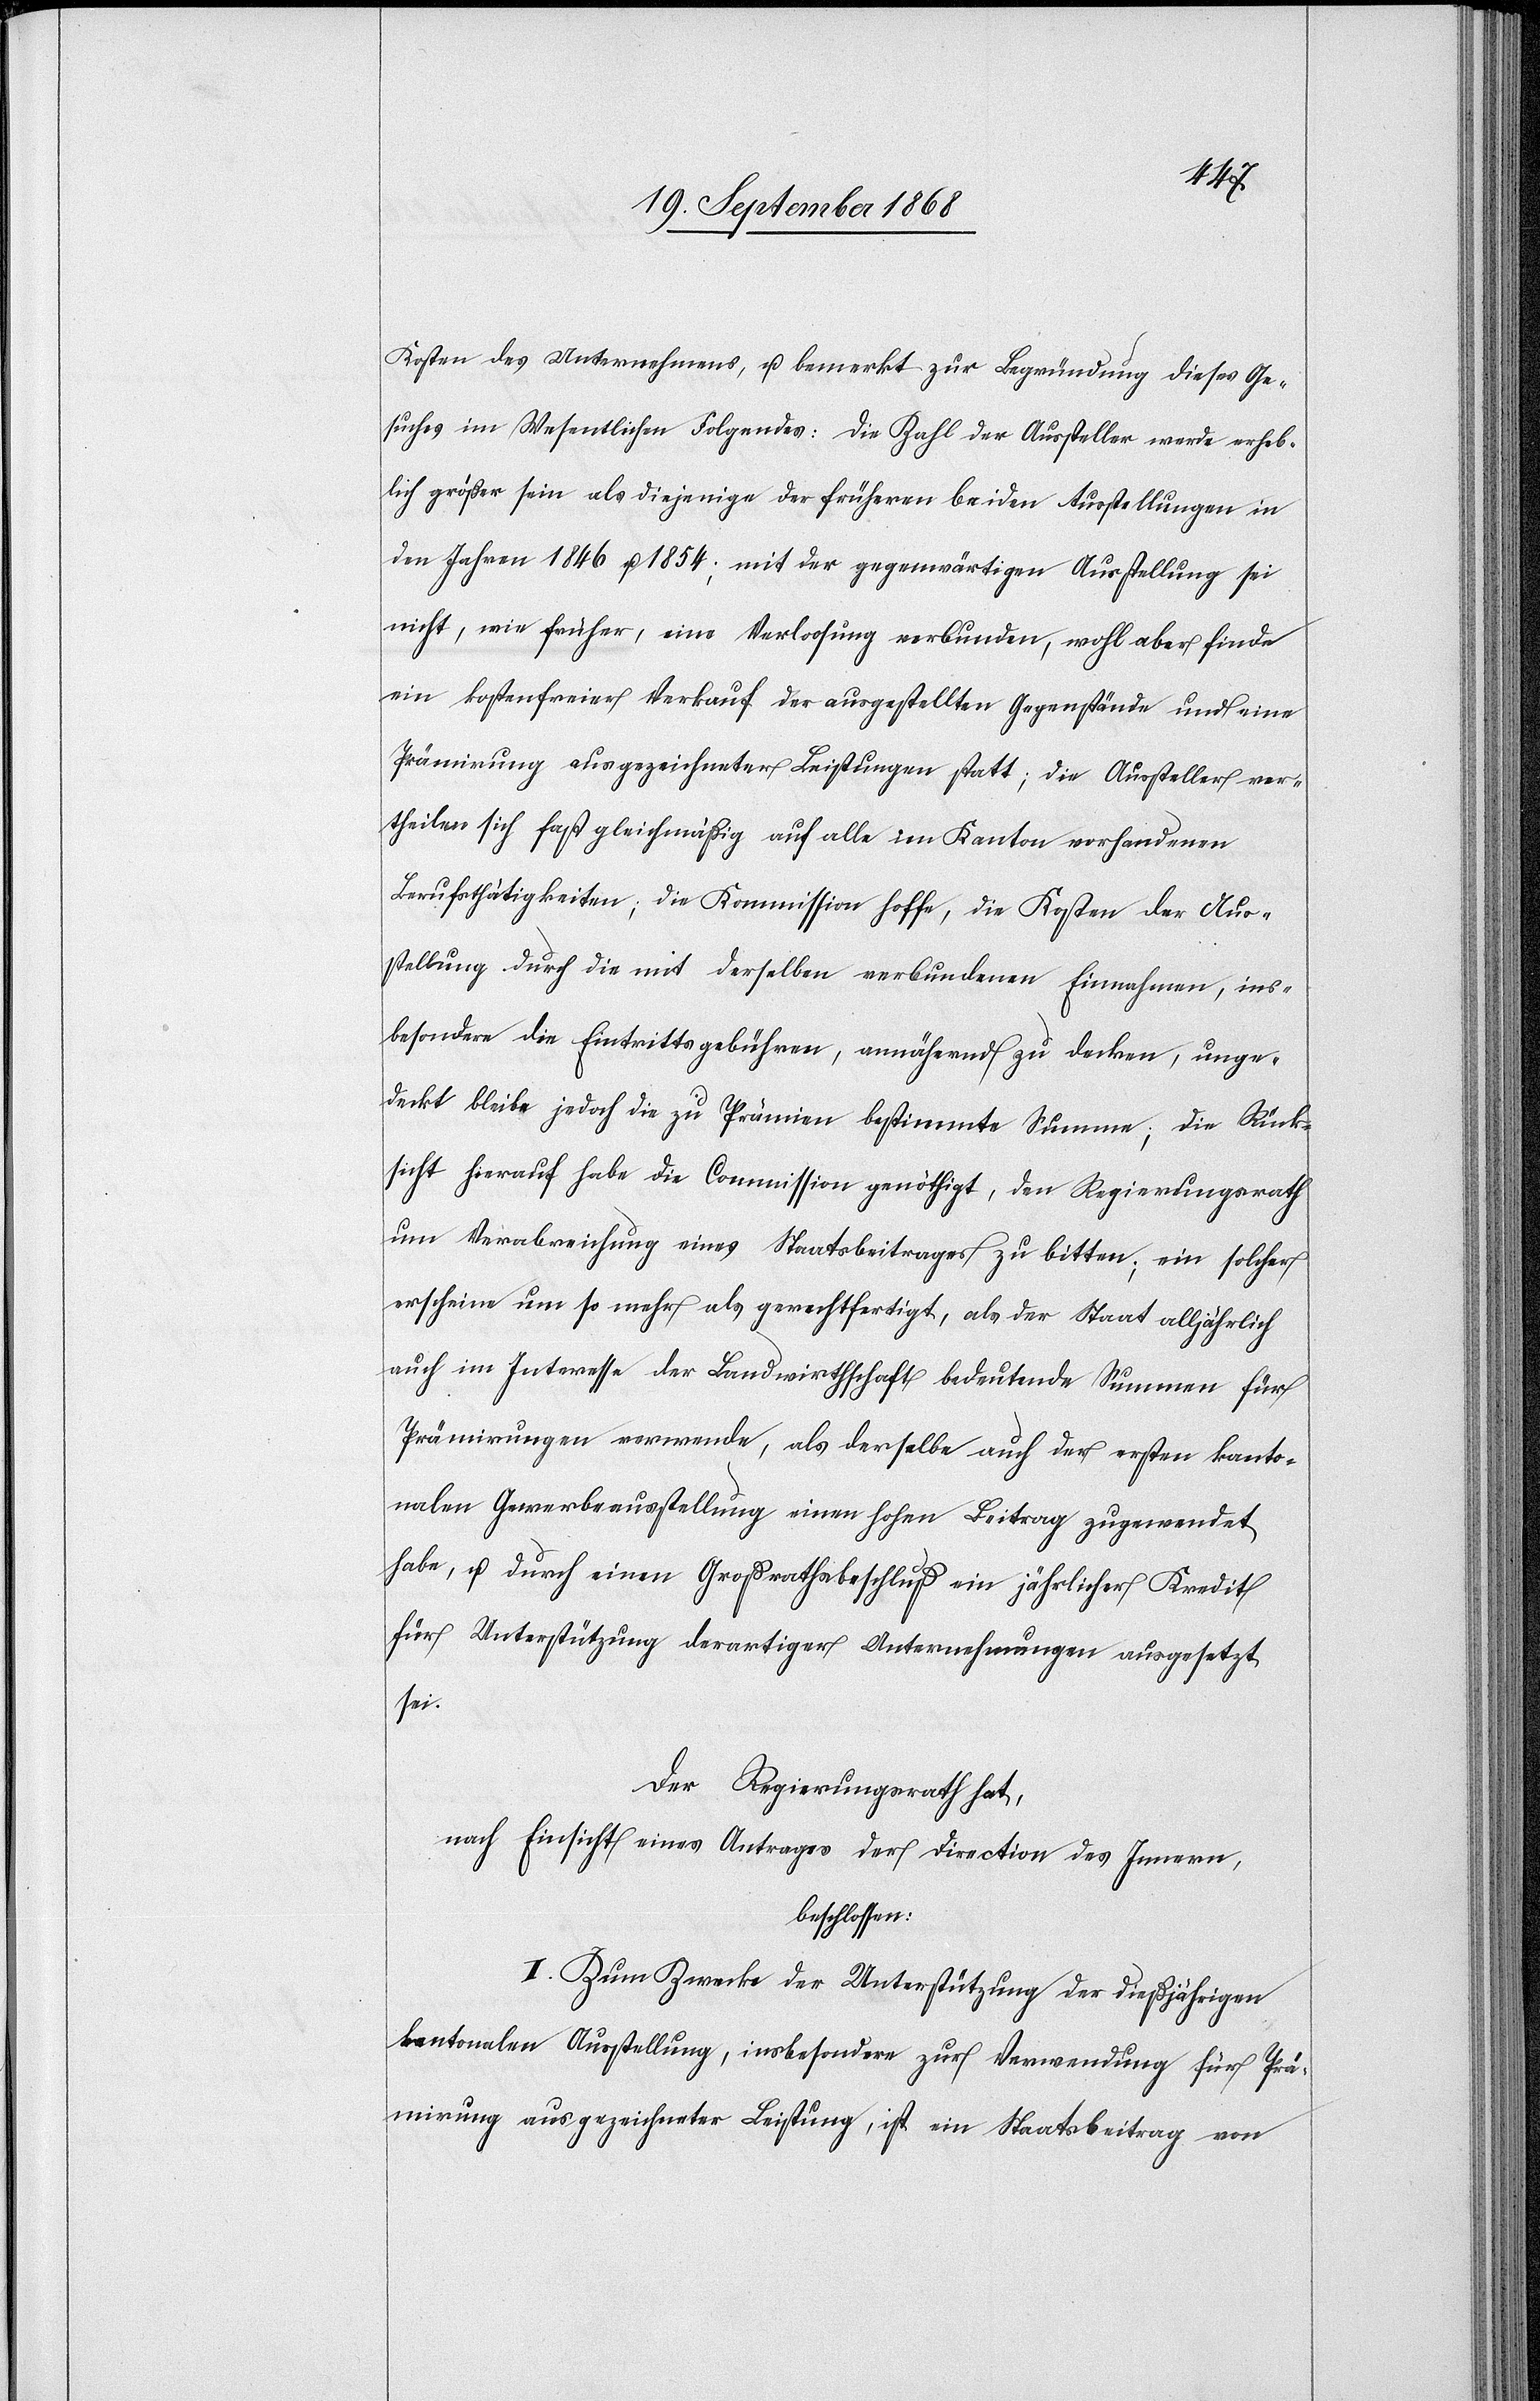
Kosten des Unternehmens, u. bemerkt zur Begründung dieses Ge¬
suches im Wesentlichen Folgendes: Die Zahl der Aussteller werde erheb¬
lich größer sein als diejenige der früheren beiden Ausstellungen in
den Jahren 1846 u. 1854; mit der gegenwärtigen Ausstellung sei
nicht, wie früher, eine Verloosung verbunden, wohl aber finde
ein kostenfreier Verkauf der ausgestellten Gegenstände und eine
Prämirung ausgezeichneter Leistungen statt; die Aussteller ver¬
theilen sich fast gleichmäßig auf alle im Kanton vorhandenen
Berufsthätigkeiten, die Kommission hoffe, die Kosten der Aus¬
stellung durch die mit derselben verbundenen Einnahmen, ins¬
besondere die Eintrittsgebühren, annähernd zu decken, unge¬
deckt bleibe jedoch die zu Prämien bestimmte Summe; die Rück¬
sicht hierauf habe die Commission genöthigt, den Regierungsrath
um Verabreichung eines Staatsbeitrages zu bitten; ein solcher
erscheine um so mehr als gerechtfertigt, als der Staat alljährlich
auch im Interesse der Landwirthschaft bedeutende Summen für
Prämirungen verwende, als derselbe auch der ersten kanto¬
nalen Gewerbeausstellung einen hohen Beitrag zugewendet
habe, u. durch einen Großrathsbeschluß ein jährlicher Kredit
für Unterstützung derartiger Unternehmungen ausgesetzt
sei.
Der Regierungsrath hat,
nach Einsicht eines Antrages der Direction des Innern,
beschlossen:
I. Zum Zwecke der Unterstützung der dießjährigen
kantonalen Ausstellung, insbesondere zur Verwendung für Prä¬
mirung ausgezeichneter Leistung, ist ein Staatsbeitrag von